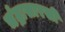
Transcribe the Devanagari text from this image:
चंद्रासारखी